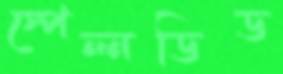
স্পেল্নডিড